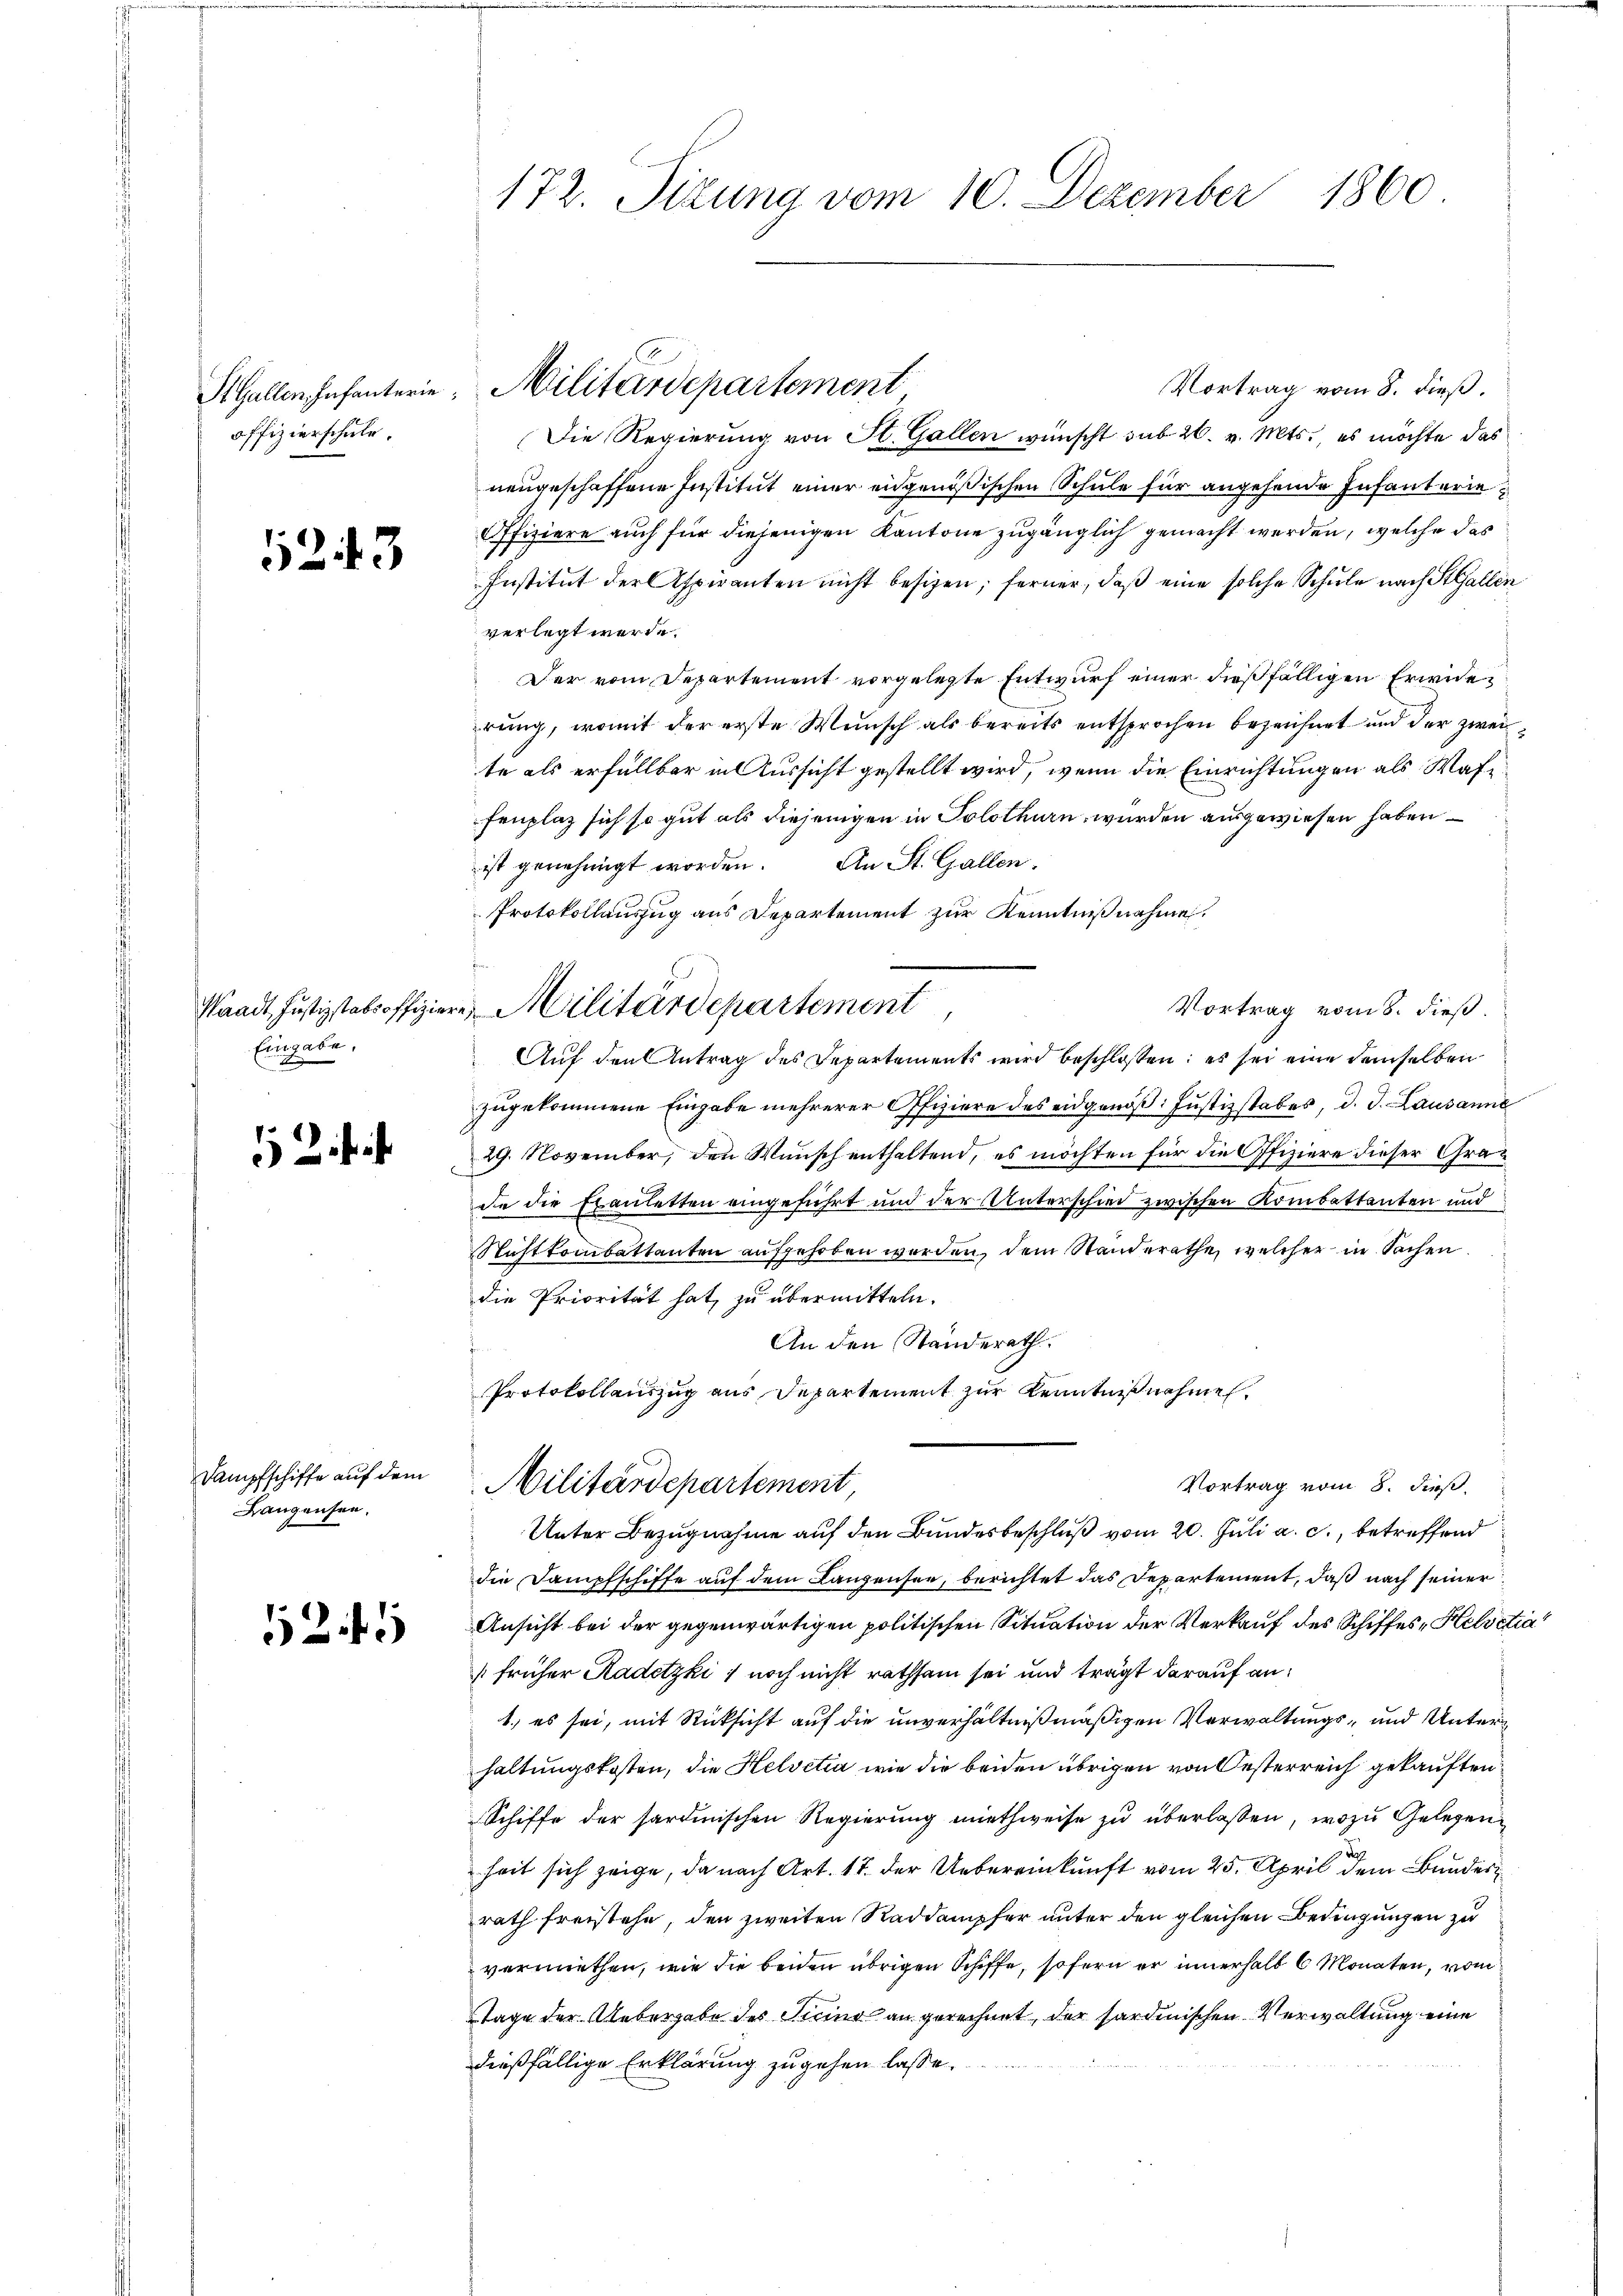
St. Gallen Infanterie
offizierschule.

1243

Waadt, Justizstabsoffizier
Eingabe.

Dampfschiffe auf dem
Langensee.

12

172. Sizung vom 10. Dezember 1860

Vortrag vom 8. dieß.
Die Regierung von St. Gallen wünscht sub. 26. v. Mts., es möchte das
neugeschaffene Institut einer eidgenößischen Schule für angehende Infanterie
Offiziere auch für diejenigen Kantone zugänglich gemacht werden, welche das
Institut der Aspiranten nicht besizen; ferner, daß eine solche Schule nach StGallen
verlegt werde.
Der vom Departement vorgelegte Entwurf einer dießfälligen Erwide
rung, womit der erste Wunsch als bereits entsprochen bezeichnet und der zwei
te als erfüllbar in Aussicht gestellt wird, wenn die Einrichtungen als Waffenplaz sich so gut als diejenigen in Solothurn, wurden ausgewiesen haben –
ist genehmigt worden. An St. Gallen.
Protokollauszug aus Departement zur Kenntnißnahme.
Vortrag vom 8. dieß.
Auf den Antrag des Departements wird beschlossen: es sei eine demselben
zugekommene Eingabe mehrerer Offiziere des eidgenöß: Justizstabes, d. J. Lausanne
29. November, den Wunsch enthaltend, es möchten für die Offiziere dieser Grade die Exauletten eingeführt und der Unterschied zwischen Kombettanten und
Nichtkombattanten aufgehoben werden, dem Standerathe, welcher in Sachen
die Priorität hat, zu übermitteln.
An den Ständerath.
s
Protokollauszug aus Departement zur Kenntnißnahme.
Vortrag vom 8. dieß.
Militärdepartement
Unter Bezugnahme auf den Bundesbeschluß vom 20. Juli a. c., betreffend
die Dampfschiffe auf dem Lanzensee, berichtet das Departement, daß nach seiner
Ansicht bei der gegenwärtigen politischen Situation der Verkauf des Schiffes, Helvetia
[früher Kadetzki] noch nicht rathsam sei und trägt darauf an:
1., es sei, mit Rücksicht auf die unverhältnißmäßigen Verwaltungs- und Unterhaltungskosten, die Helvetia wie die beiden übrigen von Oesterreich gekauften
Schiffe der sardinischen Regierung miethweise zu überlassen, wozu Gelegen
dach
heit sich zeige, da nach Art. 17. der Uebereinkunft vom 25. April dem Bunder
rath freistehe, den zweiten Raddampfer unter den gleichen Bedingungen zu
vermiethen, wie die beiden übrigen Schiffe, sofern er innerhalb 6 Monaten, vom
Tage der Uebergabe des Seine an gerechnet, der sardinischen Verwaltung eine
dießfällige Erklärung zugehen lasse.

Militärdepartement

Militärdepartement